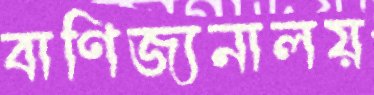
বাণিজ্যনালয়